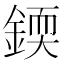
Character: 𨨰